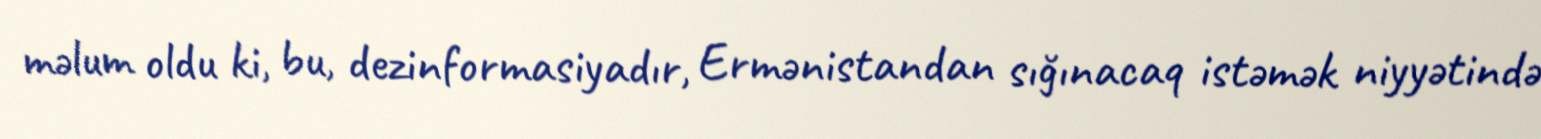
məlum oldu ki, bu, dezinformasiyadır, Ermənistandan sığınacaq istəmək niyyətində